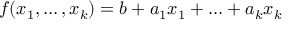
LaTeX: f ( x _ { 1 } , \ldots , x _ { k } ) = b + a _ { 1 } x _ { 1 } + \ldots + a _ { k } x _ { k }